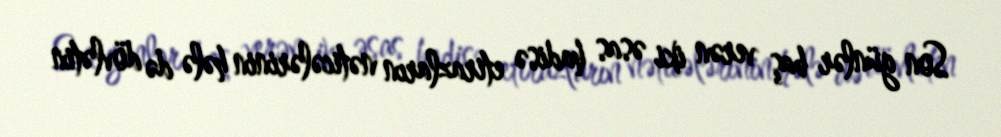
Son günlər baş verən iki əsas hadisə etirazların nəticələrinin hələ də dövlətin